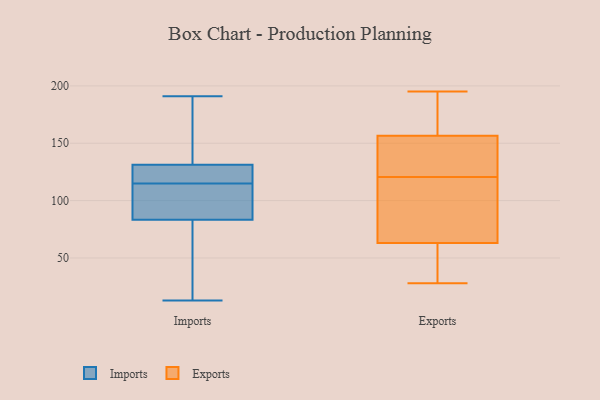
{"axis": {"x": "Production Output", "y": "Value"}, "legend": ["Exports", "Imports"], "data": [{"x": "", "y": 63, "type": "Imports"}, {"x": "", "y": 116, "type": "Imports"}, {"x": "", "y": 19, "type": "Imports"}, {"x": "", "y": 118, "type": "Imports"}, {"x": "", "y": 90, "type": "Imports"}, {"x": "", "y": 13, "type": "Imports"}, {"x": "", "y": 115, "type": "Imports"}, {"x": "", "y": 124, "type": "Imports"}, {"x": "", "y": 191, "type": "Imports"}, {"x": "", "y": 177, "type": "Imports"}, {"x": "", "y": 107, "type": "Imports"}, {"x": "", "y": 109, "type": "Imports"}, {"x": "", "y": 153, "type": "Imports"}, {"x": "", "y": 156, "type": "Exports"}, {"x": "", "y": 157, "type": "Exports"}, {"x": "", "y": 66, "type": "Exports"}, {"x": "", "y": 135, "type": "Exports"}, {"x": "", "y": 129, "type": "Exports"}, {"x": "", "y": 28, "type": "Exports"}, {"x": "", "y": 143, "type": "Exports"}, {"x": "", "y": 99, "type": "Exports"}, {"x": "", "y": 49, "type": "Exports"}, {"x": "", "y": 158, "type": "Exports"}, {"x": "", "y": 195, "type": "Exports"}, {"x": "", "y": 168, "type": "Exports"}, {"x": "", "y": 166, "type": "Exports"}, {"x": "", "y": 55, "type": "Exports"}, {"x": "", "y": 81, "type": "Exports"}, {"x": "", "y": 56, "type": "Exports"}, {"x": "", "y": 106, "type": "Exports"}, {"x": "", "y": 60, "type": "Exports"}, {"x": "", "y": 112, "type": "Exports"}, {"x": "", "y": 130, "type": "Exports"}]}